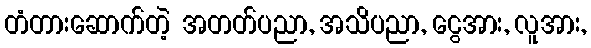
တံတားဆောက်တဲ့ အတတ်ပညာ, အသိပညာ, ငွေအား, လူအား,